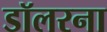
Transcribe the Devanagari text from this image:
डॉलरना